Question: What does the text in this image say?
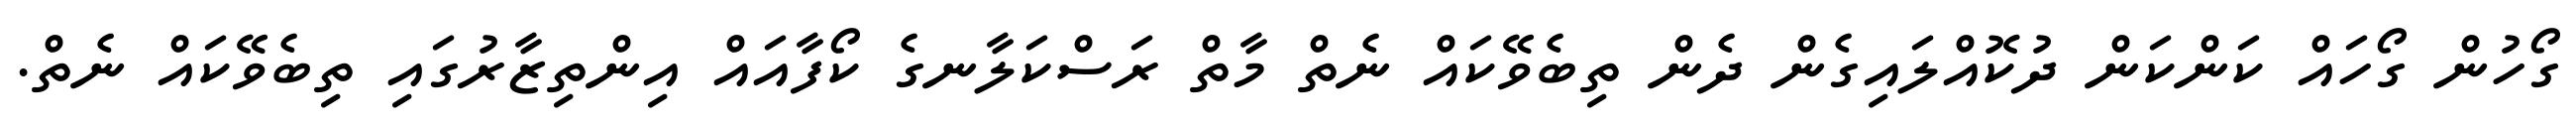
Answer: ގޯހުން ގޯހައް ކަންކަން ދުކޮއްލައިގެން ދެން ތިބެވޭކައް ނެތް މާތް ރަސްކަލާނގެ ކޯފާއައް އިންތިޒާރުގައި ތިބެވޭކައް ނެތް.